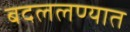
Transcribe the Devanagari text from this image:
बदललण्यात